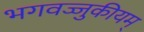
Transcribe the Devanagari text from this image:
भगवज्जुकीयम्‌